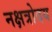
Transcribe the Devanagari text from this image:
नक्षत्रोदय